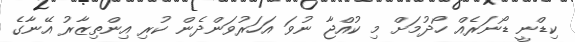
ކިޑްނީ ޑޯނަރެއް ހޯދުމަށް މި ކުއްޖާ ނުވަ އަހަރުވަންދެން ކުރި އިންތިޒާރު އޭނާގެ